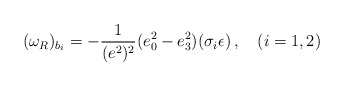
\begin{align*}(\omega_R)_{b_i} =- \frac 1{(e^2)^2} (e_0^2 - e_3^2) (\sigma_i \epsilon) \, , \quad (i =1,2)\end{align*}